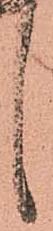
言